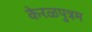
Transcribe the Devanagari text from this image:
केरळपुत्रम